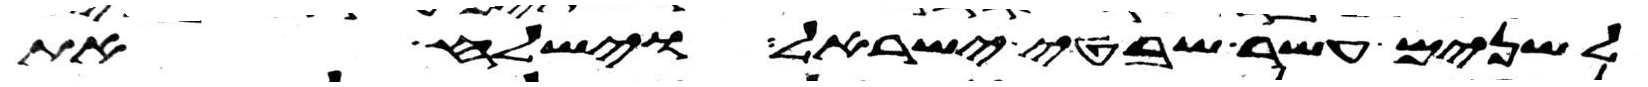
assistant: לשנים עשר שבטי ישראל וישלח את